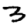
Digit: 3